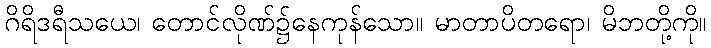
ဂိရိဒရီသယေ၊ တောင်လိုဏ်၌နေကုန်သော။ မာတာပိတရော၊ မိဘတို့ကို။